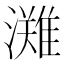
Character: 𭳊